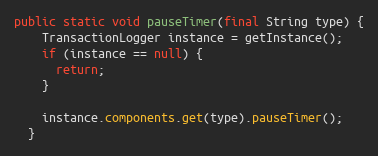
Language: Java
public static void pauseTimer(final String type) {
    TransactionLogger instance = getInstance();
    if (instance == null) {
      return;
    }

    instance.components.get(type).pauseTimer();
  }